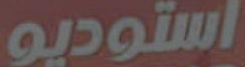
استوديو